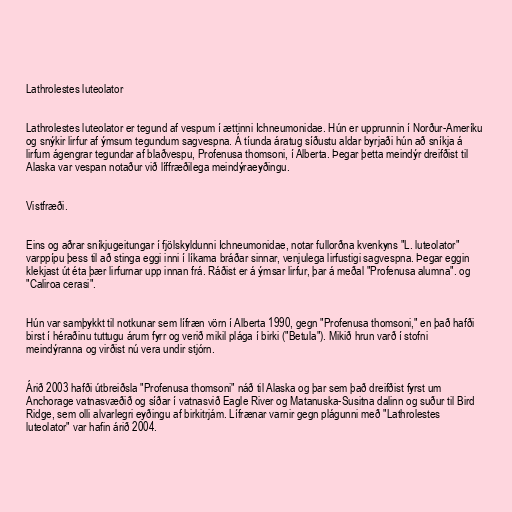
Lathrolestes luteolator

Lathrolestes luteolator er tegund af vespum í ættinni Ichneumonidae. Hún er upprunnin í Norður-Ameríku
og snýkir lirfur af ýmsum tegundum sagvespna. Á tíunda áratug síðustu aldar byrjaði hún að sníkja á
lirfum ágengrar tegundar af blaðvespu, Profenusa thomsoni, í Alberta. Þegar þetta meindýr dreifðist til
Alaska var vespan notaður við líffræðilega meindýraeyðingu.

Vistfræði.

Eins og aðrar sníkjugeitungar í fjölskyldunni Ichneumonidae, notar fullorðna kvenkyns "L. luteolator"
varppípu þess til að stinga eggi inni í líkama bráðar sinnar, venjulega lirfustigi sagvespna. Þegar eggin
klekjast út éta þær lirfurnar upp innan frá. Ráðist er á ýmsar lirfur, þar á meðal "Profenusa alumna". og
"Caliroa cerasi".

Hún var samþykkt til notkunar sem lífræn vörn í Alberta 1990, gegn "Profenusa thomsoni," en það hafði
birst í héraðinu tuttugu árum fyrr og verið mikil plága í birki ("Betula"). Mikið hrun varð í stofni
meindýranna og virðist nú vera undir stjórn.

Árið 2003 hafði útbreiðsla "Profenusa thomsoni" náð til Alaska og þar sem það dreifðist fyrst um
Anchorage vatnasvæðið og síðar í vatnasvið Eagle River og Matanuska-Susitna dalinn og suður til Bird
Ridge, sem olli alvarlegri eyðingu af birkitrjám. Lífrænar varnir gegn plágunni með "Lathrolestes
luteolator" var hafin árið 2004.